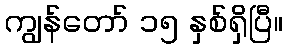
ကျွန်တော် ၁၅ နှစ်ရှိပြီ။